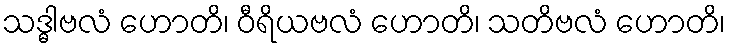
သဒ္ဓါဗလံ ဟောတိ၊ ဝီရိယဗလံ ဟောတိ၊ သတိဗလံ ဟောတိ၊